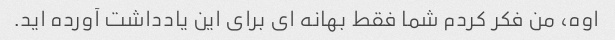
اوه، من فکر کردم شما فقط بهانه ای برای این یادداشت آورده اید.